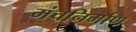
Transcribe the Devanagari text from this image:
मंचनिर्माण